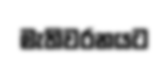
මැතිවරනයට